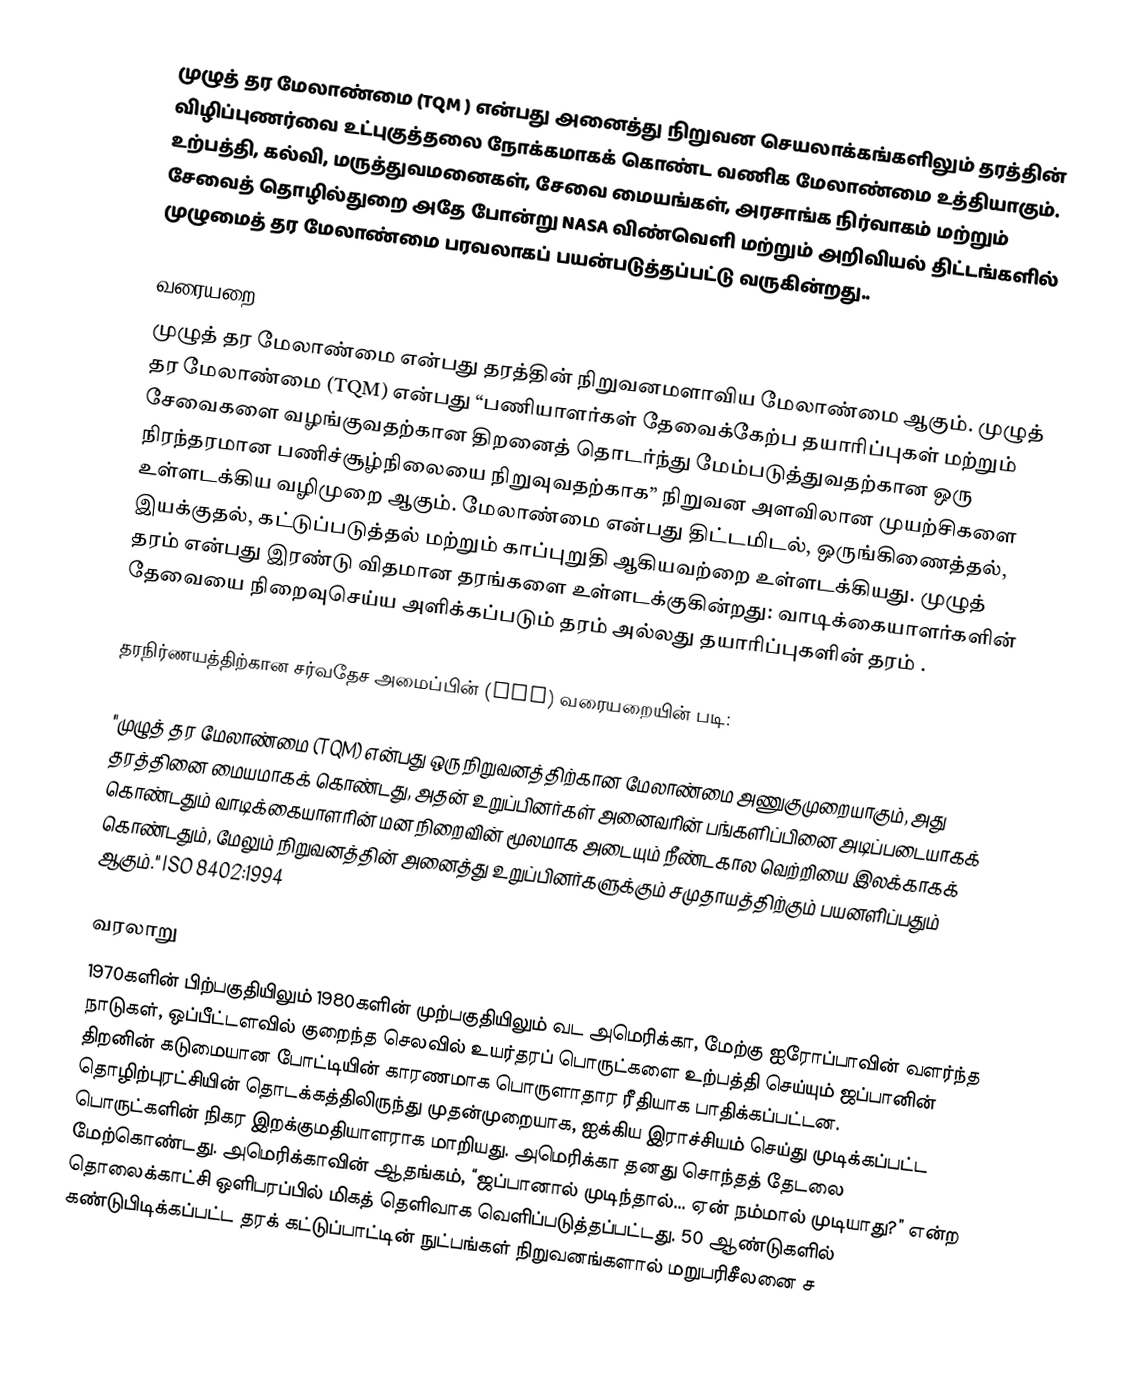
முழுத் தர மேலாண்மை  (TQM ) என்பது அனைத்து நிறுவன செயலாக்கங்களிலும் தரத்தின் விழிப்புணர்வை உட்புகுத்தலை நோக்கமாகக் கொண்ட வணிக மேலாண்மை உத்தியாகும். உற்பத்தி, கல்வி, மருத்துவமனைகள், சேவை மையங்கள், அரசாங்க நிர்வாகம் மற்றும் சேவைத் தொழில்துறை அதே போன்று NASA விண்வெளி மற்றும் அறிவியல் திட்டங்களில் முழுமைத் தர மேலாண்மை பரவலாகப் பயன்படுத்தப்பட்டு வருகின்றது..

வரையறை
முழுத் தர மேலாண்மை என்பது தரத்தின் நிறுவனமளாவிய மேலாண்மை ஆகும். முழுத் தர மேலாண்மை (TQM) என்பது “பணியாளர்கள் தேவைக்கேற்ப தயாரிப்புகள் மற்றும் சேவைகளை வழங்குவதற்கான திறனைத் தொடர்ந்து மேம்படுத்துவதற்கான ஒரு நிரந்தரமான பணிச்சூழ்நிலையை நிறுவுவதற்காக” நிறுவன அளவிலான முயற்சிகளை உள்ளடக்கிய வழிமுறை ஆகும். மேலாண்மை என்பது திட்டமிடல், ஒருங்கிணைத்தல், இயக்குதல், கட்டுப்படுத்தல் மற்றும் காப்புறுதி ஆகியவற்றை உள்ளடக்கியது. முழுத் தரம் என்பது இரண்டு விதமான தரங்களை உள்ளடக்குகின்றது: வாடிக்கையாளர்களின் தேவையை நிறைவுசெய்ய அளிக்கப்படும் தரம் அல்லது தயாரிப்புகளின் தரம் .

தரநிர்ணயத்திற்கான சர்வதேச அமைப்பின் (ISO) வரையறையின் படி:

"முழுத் தர மேலாண்மை (TQM) என்பது ஒரு நிறுவனத்திற்கான மேலாண்மை அணுகுமுறையாகும், அது தரத்தினை மையமாகக் கொண்டது, அதன் உறுப்பினர்கள் அனைவரின் பங்களிப்பினை அடிப்படையாகக் கொண்டதும் வாடிக்கையாளரின் மன நிறைவின் மூலமாக அடையும் நீண்டகால வெற்றியை இலக்காகக் கொண்டதும், மேலும் நிறுவனத்தின் அனைத்து உறுப்பினர்களுக்கும் சமுதாயத்திற்கும் பயனளிப்பதும் ஆகும்." ISO 8402:1994

வரலாறு
1970களின் பிற்பகுதியிலும் 1980களின் முற்பகுதியிலும் வட அமெரிக்கா, மேற்கு ஐரோப்பாவின் வளர்ந்த நாடுகள், ஒப்பீட்டளவில் குறைந்த செலவில் உயர்தரப் பொருட்களை உற்பத்தி செய்யும் ஜப்பானின் திறனின் கடுமையான போட்டியின் காரணமாக பொருளாதார ரீதியாக பாதிக்கப்பட்டன. தொழிற்புரட்சியின் தொடக்கத்திலிருந்து முதன்முறையாக, ஐக்கிய இராச்சியம் செய்து முடிக்கப்பட்ட பொருட்களின் நிகர இறக்குமதியாளராக மாறியது. அமெரிக்கா தனது சொந்தத் தேடலை மேற்கொண்டது. அமெரிக்காவின் ஆதங்கம், “ஜப்பானால் முடிந்தால்... ஏன் நம்மால் முடியாது?” என்ற தொலைக்காட்சி ஒளிபரப்பில் மிகத் தெளிவாக வெளிப்படுத்தப்பட்டது. 50 ஆண்டுகளில் கண்டுபிடிக்கப்பட்ட தரக் கட்டுப்பாட்டின் நுட்பங்கள் நிறுவனங்களால் மறுபரிசீலனை ச